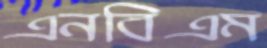
এনবিএম